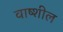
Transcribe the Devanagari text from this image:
वाष्शील